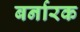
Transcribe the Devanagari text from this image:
बर्नारक